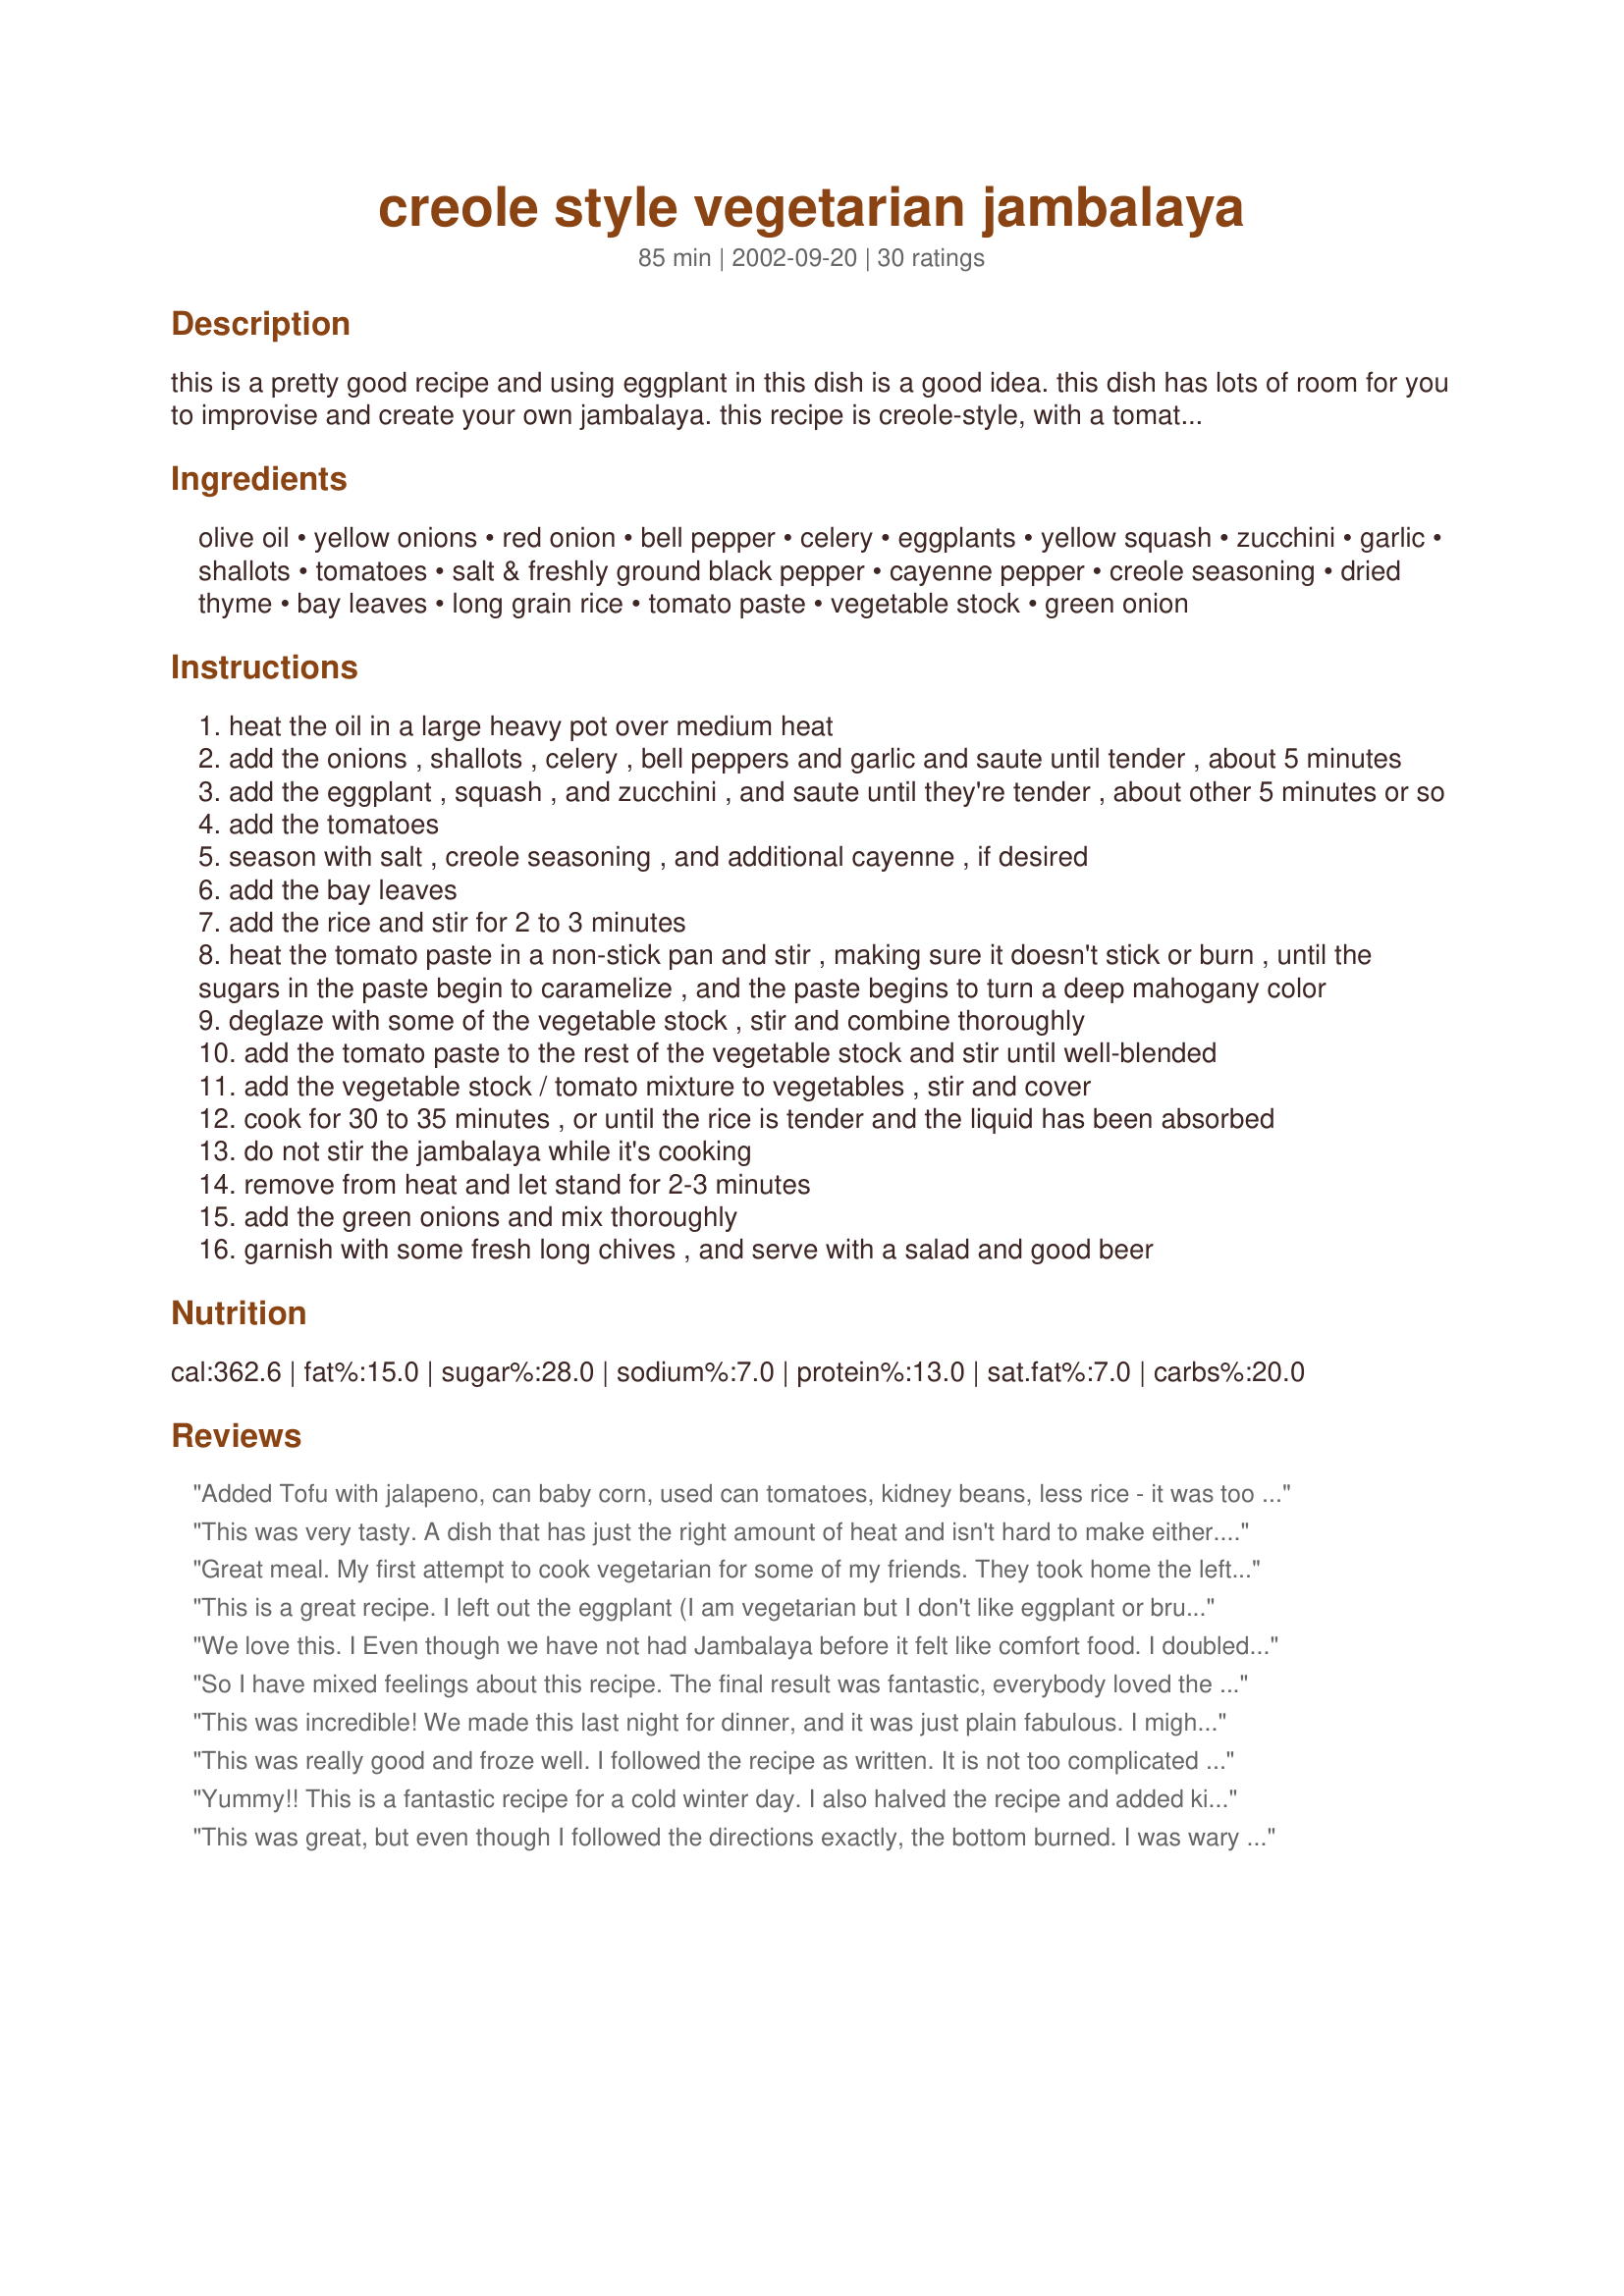
creole style vegetarian jambalaya
Preparation time: 85 minutes

this is a pretty good recipe and using eggplant in this dish is a good idea. this dish has lots of room for you to improvise and create your own jambalaya. this recipe is creole-style, with a tomato base, but you may omit the tomato paste and tomatoes if you want country-style jambalaya. serve with a salad and ice cold beer.

Ingredients:
olive oil, yellow onions, red onion, bell pepper, celery, eggplants, yellow squash, zucchini, garlic, shallots, tomatoes, salt & freshly ground black pepper, cayenne pepper, creole seasoning, dried thyme, bay leaves, long grain rice, tomato paste, vegetable stock, green onion

Steps:
heat the oil in a large heavy pot over medium heat
add the onions , shallots , celery , bell peppers and garlic and saute until tender , about 5 minutes
add the eggplant , squash , and zucchini , and saute until they're tender , about other 5 minutes or so
add the tomatoes
season with salt , creole seasoning , and additional cayenne , if desired
add the bay leaves
add the rice and stir for 2 to 3 minutes
heat the tomato paste in a non-stick pan and stir , making sure it doesn't stick or burn , until the sugars in the paste begin to caramelize , and the paste begins to turn a deep mahogany color
deglaze with some of the vegetable stock , stir and combine thoroughly
add the tomato paste to the rest of the vegetable stock and stir until well-blended
add the vegetable stock / tomato mixture to vegetables , stir and cover
cook for 30 to 35 minutes , or until the rice is tender and the liquid has been absorbed
do not stir the jambalaya while it's cooking
remove from heat and let stand for 2-3 minutes
add the green onions and mix thoroughly
garnish with some fresh long chives , and serve with a salad and good beer

Reviews:
Added Tofu with jalapeno, can baby corn, used can tomatoes, kidney beans, less rice - it was too hot for some, but I liked it!
This was very tasty. A dish that has just the right amount of heat and isn't hard to make either. It only took me about 45 minutes to make the meal, although I scaled the recipe down for two people, so that could have affected the cooking time. The only caution I'd add is that I did have to add a bit more water than indicated, so keep an eye on the pot -- you don't want to burn it!
Great meal. My first attempt to cook vegetarian for some of my friends. They took home the leftovers. This would have been awesome with some shrimp.
This is a great recipe. I left out the eggplant (I am vegetarian but I don't like eggplant or brussels sprout) but it still tasted great. So much so that there are not many leftovers.
We love this. I Even though we have not had Jambalaya before it felt like comfort food. I doubled the creole seasoning (could have been the recipe for creole seasonging that was not as strong) and omitted the cayenne pepper. The amount of water and the time was just right. I cut the recipe in half and there is still a ton. I will freeze some as suggested. I also used diced tomatoes.
So I have mixed feelings about this recipe. The final result was fantastic, everybody loved the flavors, however the frustration this recipe brought upon me kind of ruined it for me. I followed the recipe exactly, and found the rice was not even cooked by the time the 30-35 minutes was done. So, I added about a cup more liquid and jut kept simmering it until the rice finally cooked (almost over an hour of cooking time). So, after all was said and done and I went to do the dishes, I found almost a quarter inch of burnt gunk on the bottom of the pan which resulted from cooking on medium and not stirring it (as the recipe says) for 30 minutes. I have been scrubbing and trying every trick in the book to get the burnt rice off from my pan. Like I said, the finished product was fantastic but I don't think I will go through the headache of it again.
This was incredible! We made this last night for dinner, and it was just plain fabulous. I might add some okra in the future. What a gem of a recipe!
This was really good and froze well. I followed the recipe as written. It is not too complicated and healthy to boot. Making another batch tomorrow. Thanks for the recipe. Follow up: This has become a staple for me. To make this more nutritious, I use half white and half brown rice and add one block of drained and crumbled tofu to add more protein and make this a complete meal.
Yummy!! This is a fantastic recipe for a cold winter day. I also halved the recipe and added kidney beans. I used canned stewed tomatoes and used the full 2 teaspoons of creole seasoning. I will definately make this again.
This was great, but even though I followed the directions exactly, the bottom burned. I was wary of leaving the heat on medium for the 30 minute cook time because I usually simmer rice. Maybe cooking it at a lower temp would have saved it? Anyway I cooked it as a healthy vegetarian meal and we were a little apprehensive because we love our meat-ful jambalaya, but this was great. I liked the tomato paste technique. Thanks!
I made this with brown rice and added about a half ound of sliced fresh okra. It was great, and very popular at my choral group's potluck.

It IS a vegan recipe, so I wish it were labeled as such.

I appreciate seeing the amounts of veggies given in cups. "One medium onion" isn't very precise.
This vegetarian recipe was incredibly good. I made as directed except that I halved the recipe, and used two 14.5 oz. cans of petite diced tomatoes in place of the fresh tomatoes only because I did not have the latter. The amount of vegetable stock suggested seemed like a lot, but it ended up being just the right amount. I will say that there is A LOT of chopping and dicing to this recipe, but it is worth it in the end. I started the chopping early in the day so as to not be rushed by dinner time. One tip is to stir the dish as it cooks. The recipe specifies not to stir the dish as it cooks for 30 to 35 minutes. I suspected the rice might start to stick without some stirring, so I checked on it after 15 minutes of cooking and the rice, in fact, had started to burn and stick. So I&#039;d recommend stirring this dish at least two or three times as it cooks. I cooked for a total of 35 minutes and the consistency of the rice was perfect. Oh, and I skipped the step of heating the tomato paste separately. I added the paste directly from the can to the dish and it was delicious. I also did not add the suggested cayenne pepper, as the dish was spicy enough for my husband and I without it. I will definitely be making this dish again as part of my family&#039;s Meatless Friday meals. I think chopped mushrooms would be a nice addition to this dish aside from the listed vegetables which work so nicely together. Thank you for posting.
This was very good. I made 1/2 the recipe as one of the other reviews stated that it made a lot. 1/2 recipe was the right amount for us although next time I will make the whole recipe and freeze the leftovers in vacuum boiling bags for camping. I also had to add a bit more water for the rice to cook fully. I look forward to adding sweet potatoes next time. I have added this to my cookbook and will definitely make it again. Thanks
The measurements in this recipe are way off. It calls for 8 cups of stock and 4 cups of rice and says it only needs to cook for 30 - 35 minutes once the rice and stock are added in. Well, at 40 minutes the stock still wasn't absorbed and the rice was still hard. At 1 hr. Same story. At 1.25 hrs the stock still hasn't absorbed and everything on the bottom of the pot is burnt to a crisp. And it still looks like soup and not at all like Jambalaya. I wound up eating cereal for dinner because the recipe was so far off.
really quite simple and so full of flavor.
thanks!
This was amazing!! I used a little more veggies than called for, but I usually do that with everything. I think we're bringing it to my parents house for Easter since my husband and I are the only two vegans in the family. Thank you!!
Laissez les bon temps roulez! I served with recipe #116185, with beef-flavored TVP for me and pre-cooked shrimp for hubby (yuck). I only used half the oil and used a 28 oz can of diced tomatoes instead of fresh (I used the juice from them in place of part of the broth). If you don't want to shell out for Creole seasoning (which is just a blend of spices you probably already have anyway), I recommend recipe #44162.
Best way I've found yet to use up eggplant and summer squash from my CSA box!

This was delicious and a big hit with my bf, despite having some veggies in it that he doesn't usually like. I halved the recipe, but kept the full amount of tomatoes. Otherwise, I kept the recipe pretty much as written. Half the recipe made 4 servings for us, which I served with some good crusty bread. :)
Made it today for Lent, excellent! Just the right amount of spices. I don't care for eggplant, so I substituted okra, worked just as well. The recipe doesn't state when to add the celery, and the ingredients are not in the sequence of when they are used, I added them with the onions and peppers since they are tough an need more cooking time than squash.
I haven't been a big fan of eggplant, but recipes like these are changing my mind. We'll definately be having this again.
Thank you thank you thank you! I have been searching for a good jambalaya recipe since becoming vegetarian and I've definitely found it. I spiced mine up with hot sauce instead of cayenne pepper - a spicy, flavorful and satisfying dish! Not sure what went wrong for the other reviewer, mine was nicely done after 30 minutes using long grain basmati rice...
Fantastic! I added a jalapeÃ±o with the seeds for some extra kick. I also only used 1 cup of rice which ended up being perfect for our taste. I also used 1 can of diced tomatoes. Next time I will add okra. Yummy!
Very good! I made it as directed, but I used minute rice since so many reviews said the rice took a long time to cook. It came out perfect.
We cut the green pepper, celery, shallots and bay leaves, and added sweet potato and green beans, and it was still great.
Excellent recipe. A great way of getting all those important vegetables. Made extra and planning on freezing the leftovers.

The family loved this jambalaya! I did cook the rice separate from the veggies.Added them at the end. I left out the eggplant(didn't have) and served this with Marinated Chicken Wings. Oh, and I did half the recipe. I had to add more water to cook the rice. Thanks Miss Annie!
Wow, Miss Annie!! This jambalaya was fabulous. I love that it is vegetarian and full of all my favorite vegetables. The flavor was top-notch with all that creole spiciness. This made a large amount so I put what we didn't eat tonight in the freezer for later. So glad that you shared this recipe.
Wonderful! Easy creole with no roux! The rice took a long time to cook, but well worth it. Very versatile, you could add any veggies.
This was an amazing dish. Using the seasoning and directions provided, you could make many wonderful dishes with any vegetables you needed to use up! Don't be scared if you don't have all the vegetables, I substituted the zucchini, squash, and eggplant for a bag of frozen okra (all we can get around here!) and it was still awesome! I did end up adding additional water (and 15 minutes) at the end to finish off the rice. Thank you for sharing!
I loved this, Miss Annie! I made exactly as directed and the flavor of this is perfect! I do think next time that I would like to make this using only 3 cups of rice and adjusting the liquid amounts accordingly to make the veggie to rice ratio a little higher on the veggie side. This recipe makes a lot of Jambalaya and it is mighty good eatin'! : )Thanks so much, Miss Annie, for sharing so many of your incredible recipes with us!
